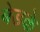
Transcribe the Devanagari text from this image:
बेडके